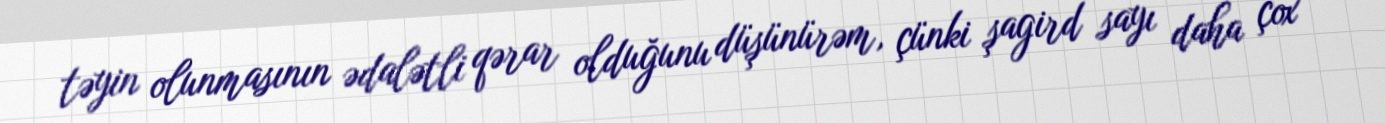
təyin olunmasının ədalətli qərar olduğunu düşünürəm, çünki şagird sayı daha çox